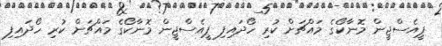
ޕީއެސްޖީން މޮނާކޯގެ މައްޗަށް ކުރި ހޯދައިފި ޕީއެސްޖީން މޮނާކޯގެ މައްޗަށް ކުރި ހޯދައިފި